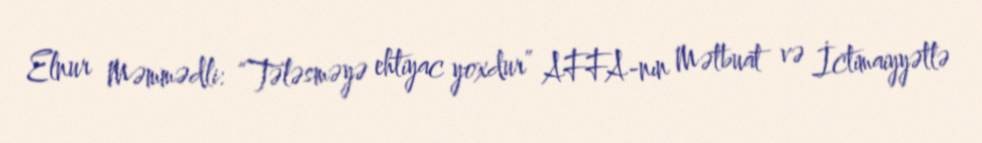
Elnur Məmmədli: “Tələsməyə ehtiyac yoxdur” AFFA-nın Mətbuat və İctimaiyyətlə